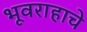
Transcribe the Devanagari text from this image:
भूवराहाचे